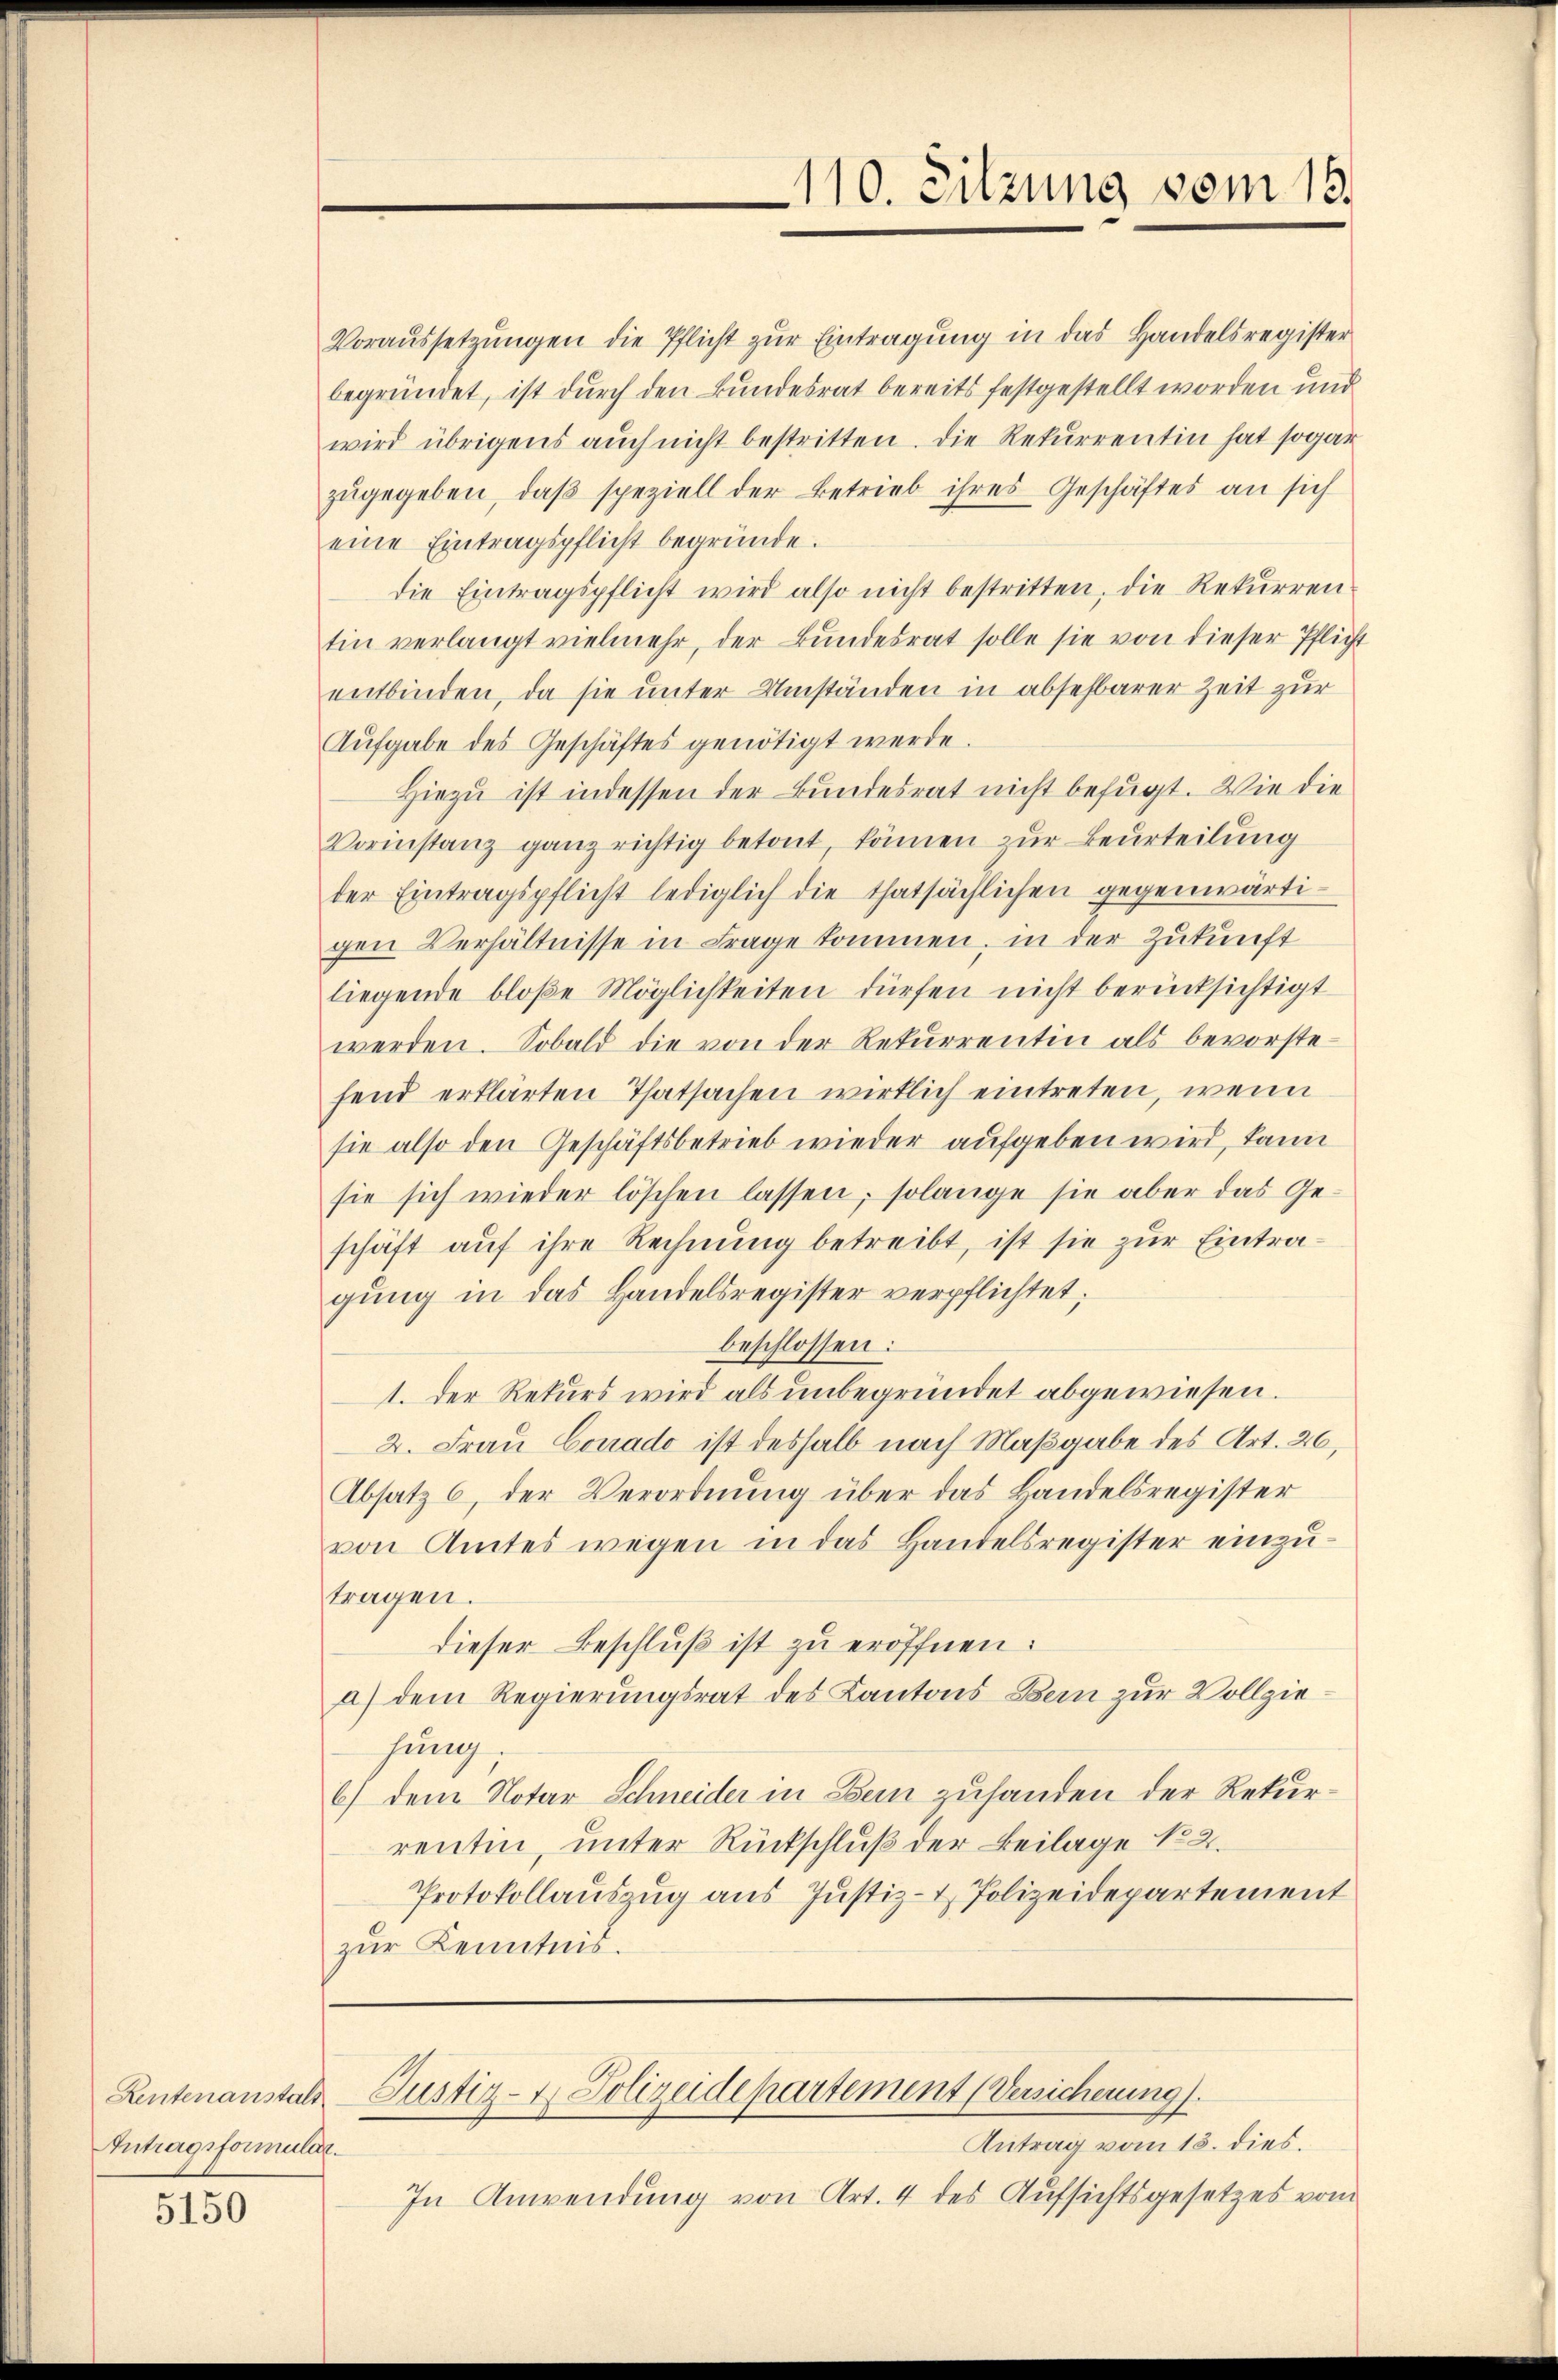
Antragsformular.

5150

110. Sitzung vom 15.

Voraŭssetzŭngen die Pflicht zŭr Eintragŭng in das Handelsregister
begründet, ist durch den Bundesrat bereits festgestellt worden und
wird übrigens auch nicht bestritten. Die Rekurrentin hat sogar
zŭgegeben, daβ speziell der Betrieb ihres Geschäftes an sich
eine Eintragspflicht begründe.
die Eintragspflicht wird also nicht bestritten, die Rekurren
tin verlangt vielmehr, der Bŭndesrat solle sie von dieser Pflicht
entbinden, da sie unter Umständen in absehbarer Zeit zur
Aufgabe des Geschäftes genötigt werde.
Hiezu ist indessen der Bundesrat nicht befugt. Wie die
Vorinstanz ganz richtig betont, können zur Beurteilung
der Eintragspflicht lediglich die thatsächlichen gegenwärtigen Verhältnisse in Frage kommen, in der Zukunft
liegende bloβe Möglichkeiten dürfen nicht berücksichtigt
werden. Sobald die von der Rekŭrrentin als bevorstefend erklärten Thatsachen wirklich eintreten, wenn
sie also den Geschäftsbetrieb wieder aufgeben wird, kann
sie sich wieder löschen lassen, solange sie aber das Geschäft aŭf ihre Rechnŭng betreibt, ist sie zŭr Eintragung in das Handelsregister verpflichtet;
beschlossen:
1. Der Rekurs wird als unbegründet abgewiesen.
2. Frau Conrado ist deshalb nach Maßgabe des Art. 26,
Absatz 6, der Verordnung über das Handelsregister
von Amtes wegen in das Handelsregister einzutragen.
dieser Beschluß ist zu eröffnen.
a) dem Regierungsrat des Kantons Bern zur Vollziehung
6) dem Notar Schneider in Bein zuhanden der Rekurrentin, unter Rückschluß der Beilage No 2.
Protokollauszug aus Justiz- & Polizeidepartement
zur Kenntnis.

Rentenanstals Justiz- & Polizeidepartement (Versicherung).

Antrag vom 13. dies.
In Anwendung von Art. 4 des Aufsichtsgesetzes vom